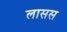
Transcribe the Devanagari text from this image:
लासस